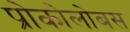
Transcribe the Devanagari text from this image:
प्रोकोलोबस